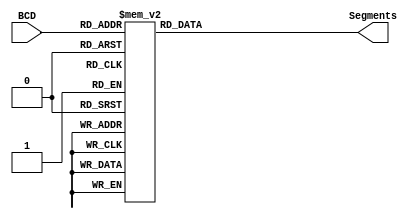
module BCDTo7Segments
(
	input [3:0] BCD,
	output reg [6:0] Segments

);

always@(*) begin
	case(BCD)
		0: Segments = 7'b1_000_000;
		1: Segments = 7'b1_111_001;
		2: Segments = 7'b0_100_100;
		3: Segments = 7'b0_110_000;
		4: Segments = 7'b0_011_001;
		5: Segments = 7'b0_010_010;
		6: Segments = 7'b0_000_010;
		7: Segments = 7'b1_111_000;
		8: Segments = 7'b0_000_000;
		9: Segments = 7'b0_011_000;
		10: Segments = 7'b0_001_000;
		11: Segments = 7'b0_000_011;
		12: Segments = 7'b1_000_110;
		13: Segments = 7'b0_100_001;
		14: Segments = 7'b0_000_110;
		default:
			Segments = 7'b0_001_110;
		endcase	
end

endmodule